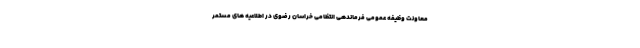
معاونت وظیفه عمومی فرماندهی انتظامی خراسان رضوی در اطلاعیه های مستمر